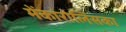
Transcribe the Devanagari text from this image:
मेंकारोलिंसका